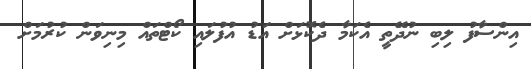
އިންސާފު ލިބި ނުދޭތީ އެކަމާ ދެކޮޅަށް އަޑު އުފުލައި ކޯޓްތައް މިނިވަން ކުރުމަށް